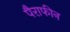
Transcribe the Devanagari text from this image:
पैराफीन